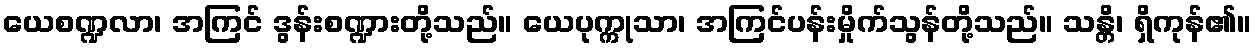
ယေစဏ္ဍလာ၊ အကြင် ဒွန်းစဏ္ဍားတို့သည်။ ယေပုက္ကုသာ၊ အကြင်ပန်းမှိုက်သွန်တို့သည်။ သန္တိ၊ ရှိကုန်၏။